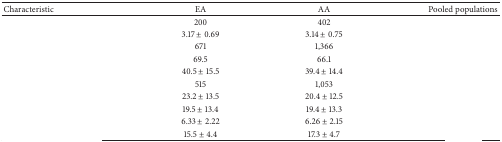
<table><thead><tr><td><b>Characteristic</b></td><td><b>EA</b></td><td><b>AA</b></td><td><b>Pooled populations</b></td></tr></thead><tbody><tr><td>[EMPTY_CELL]</td><td>200</td><td>402</td><td>[EMPTY_CELL]</td></tr><tr><td>[EMPTY_CELL]</td><td>3.17 ± 0.69</td><td>3.14 ± 0.75</td><td>[EMPTY_CELL]</td></tr><tr><td>[EMPTY_CELL]</td><td>671</td><td>1,366</td><td>[EMPTY_CELL]</td></tr><tr><td>[EMPTY_CELL]</td><td>69.5</td><td>66.1</td><td>[EMPTY_CELL]</td></tr><tr><td>[EMPTY_CELL]</td><td>40.5 ± 15.5</td><td>39.4 ± 14.4</td><td>[EMPTY_CELL]</td></tr><tr><td>[EMPTY_CELL]</td><td>515</td><td>1,053</td><td>[EMPTY_CELL]</td></tr><tr><td>[EMPTY_CELL]</td><td>23.2 ± 13.5</td><td>20.4 ± 12.5</td><td>[EMPTY_CELL]</td></tr><tr><td>[EMPTY_CELL]</td><td>19.5 ± 13.4</td><td>19.4 ± 13.3</td><td>[EMPTY_CELL]</td></tr><tr><td>[EMPTY_CELL]</td><td>6.33 ± 2.22</td><td>6.26 ± 2.15</td><td>[EMPTY_CELL]</td></tr><tr><td>[EMPTY_CELL]</td><td>15.5 ± 4.4</td><td>17.3 ± 4.7</td><td>[EMPTY_CELL]</td></tr></tbody></table>